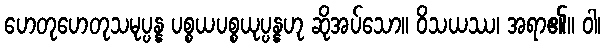
ဟေတုဟေတုသမုပ္ပန္န ပစ္စယပစ္စယုပ္ပန္နဟု ဆိုအပ်သော။ ဝိသယဿ၊ အရာ၏။ ဝါ၊